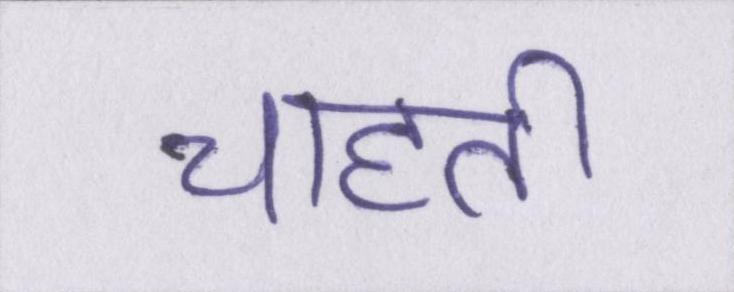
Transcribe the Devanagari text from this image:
चाहती